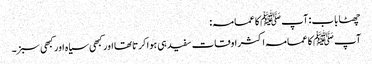
چھٹا باب : آپ ﷺ کا عمامہ :
آپ ﷺ کا عمامہ اکثر اوقات سفید ہی ہوا کرتاتھا اور کبھی سیاہ اور کبھی سبز۔